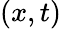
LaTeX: (x,t)